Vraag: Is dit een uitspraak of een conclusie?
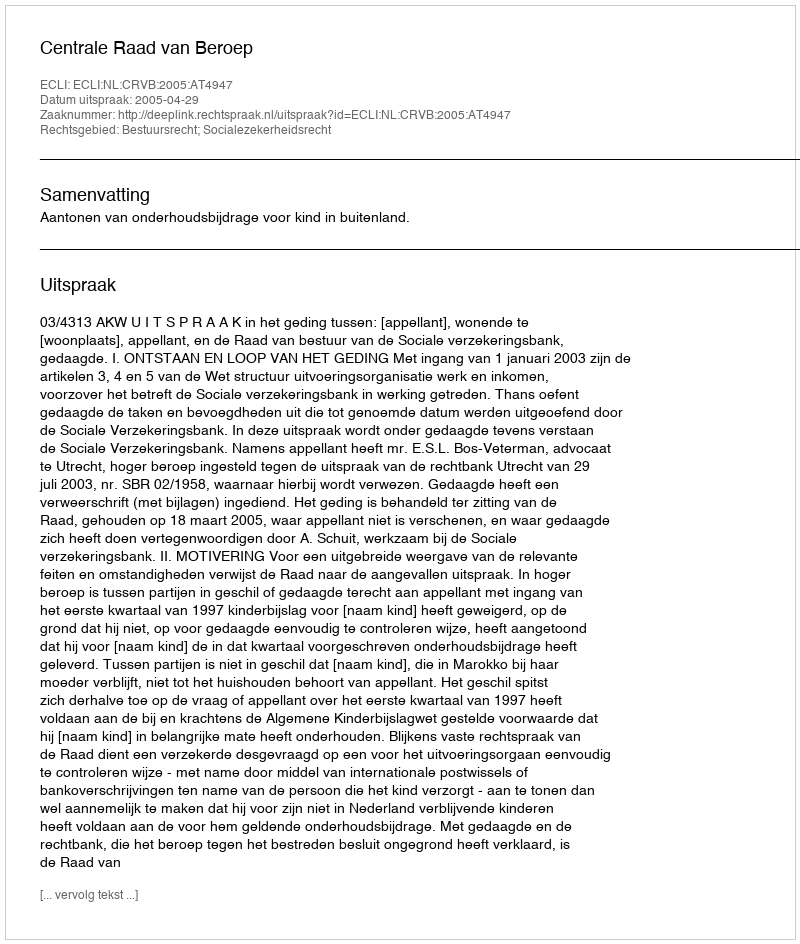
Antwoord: Uitspraak